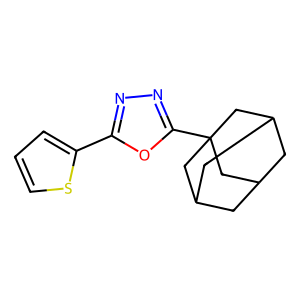
SMILES: c1csc(-c2nnc(C34CC5CC(CC(C5)C3)C4)o2)c1
Inhibits HIV replication: No